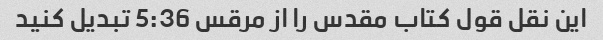
این نقل قول کتاب مقدس را از مرقس 5:36 تبدیل کنید